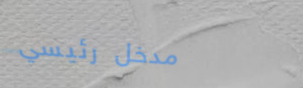
مدخل رئيسي